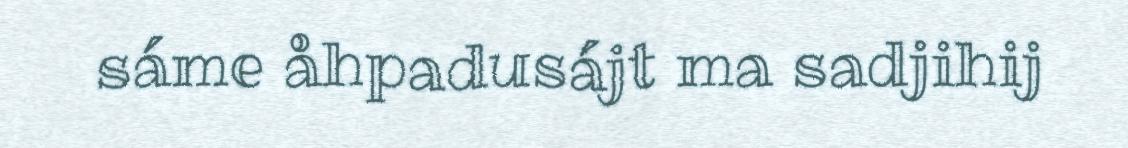
sáme åhpadusájt ma sadjihij